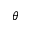
\theta